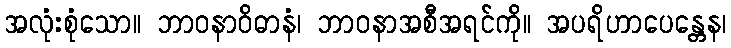
အလုံးစုံသော။ ဘာဝနာဝိဓာနံ၊ ဘာဝနာအစီအရင်ကို။ အပရိဟာပေန္တေန၊